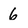
Character: 6